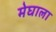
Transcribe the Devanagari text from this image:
मेघाला